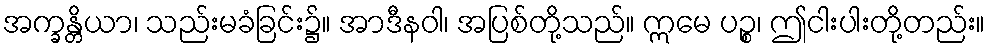
အက္ခန္တိယာ၊ သည်းမခံခြင်း၌။ အာဒီနဝါ၊ အပြစ်တို့သည်။ ဣမေ ပဉ္စ၊ ဤငါးပါးတို့တည်း။